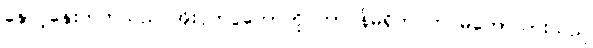
နှောင့်နှေးတတ်သည် အိုးပုတ်ပွဲတော်ကို တာဝန်မရှိဘဲ တပ်မတော်သားသည်